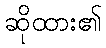
ဆိုထား၏